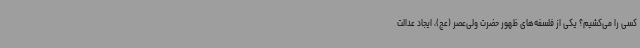
کسی را می‌کشیم؟ یکی از فلسفه‌های ظهور حضرت ولی‌عصر (عج)، ایجاد عدالت